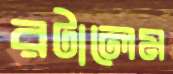
রটালেম